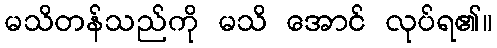
မသိတန်သည်ကို မသိ အောင် လုပ်ရ၏။